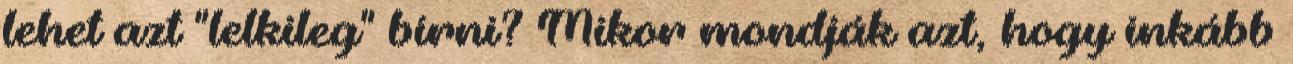
lehet azt "lelkileg" bírni? Mikor mondják azt, hogy inkább